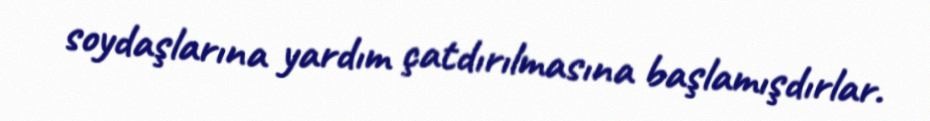
soydaşlarına yardım çatdırılmasına başlamışdırlar.